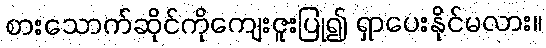
စားသောက်ဆိုင်ကိုကျေးဇူးပြု၍ ရှာပေးနိုင်မလား။